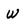
Character: w